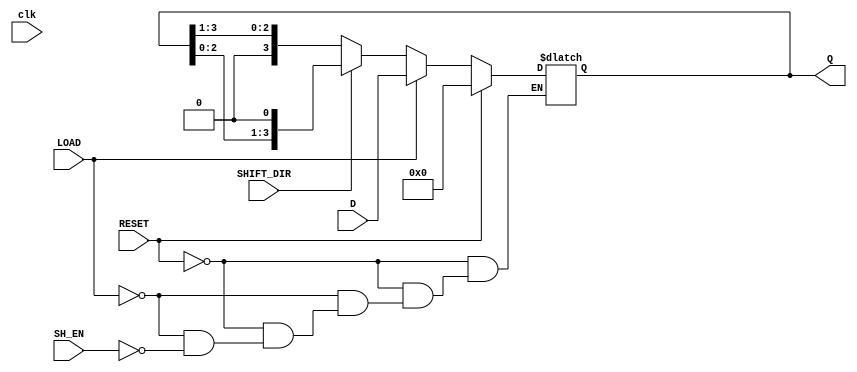
module async_shift_counter (
    input wire clk,          // Not used for asynchronous design
    input wire SH_EN,       // Shift Enable
    input wire LOAD,        // Load signal
    input wire RESET,       // Reset signal
    input wire [3:0] D,     // Data input for loading
    input wire SHIFT_DIR,   // Shift direction: 1 for left shift, 0 for right shift
    output reg [3:0] Q      // Current state of the counter
);

// Asynchronous reset logic
always @* begin
    if (RESET) begin
        Q = 4'b0000; // Reset to zero
    end else if (LOAD) begin
        Q = D; // Load input data
    end else if (SH_EN) begin
        // Shift operation
        if (SHIFT_DIR) begin
            // Shift left
            Q = {Q[2:0], 1'b0}; // Left shift, LSB becomes 0
        end else begin
            // Shift right
            Q = {1'b0, Q[3:1]}; // Right shift, MSB becomes 0
        end
    end
end

endmodule